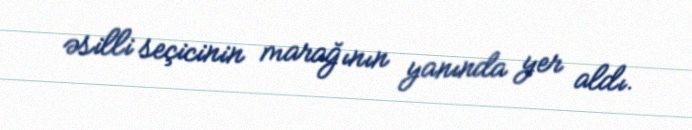
əsilli seçicinin marağının yanında yer aldı.